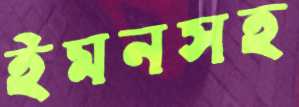
ইমনসহ